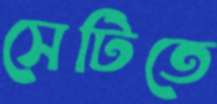
সেটিতে